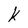
Character: K